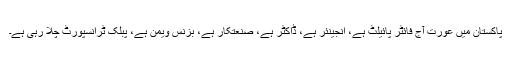
پاکستان میں عورت آج فائٹر پائیلٹ ہے، انجینئر ہے، ڈاکٹر ہے، صنعتکار ہے، بزنس ویمن ہے، پبلک ٹرانسپورٹ چلا رہی ہے۔